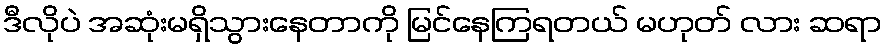
ဒီလိုပဲ အဆုံးမရှိသွားနေတာကို မြင်နေကြရတယ် မဟုတ် လား ဆရာ